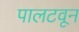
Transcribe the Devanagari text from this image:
पालटवून